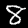
Digit: 8